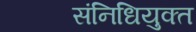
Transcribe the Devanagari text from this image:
संनिधियुक्त